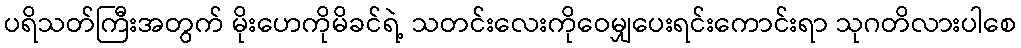
ပရိသတ်ကြီးအတွက် မိုးဟေကိုမိခင်ရဲ့ သတင်းလေးကိုဝေမျှပေးရင်းကောင်းရာ သုဂတိလားပါစေ